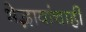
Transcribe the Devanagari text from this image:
भेद्भावांचाही